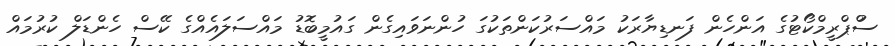
ސުްޕްރީމްކޯޓުގެ އަންހެން ފަނޑިޔާރަކު މައްސަރުކަންތަކުގަ ހުންނަވައިގެން ގައުމީބޮޑު މައްސަލައެއްގެ ކޭސް ހެންޑަލް ކުރުމައް